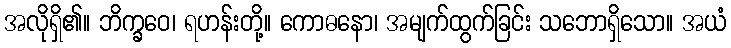
အလိုရှိ၏။ ဘိက္ခဝေ၊ ရဟန်းတို့။ ကောဓနော၊ အမျက်ထွက်ခြင်း သဘောရှိသော။ အယံ